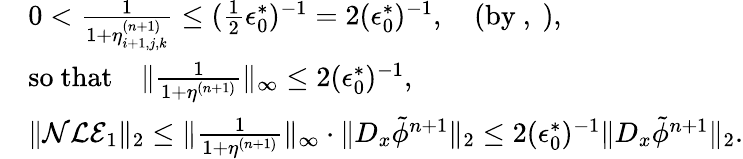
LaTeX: \begin{array}{rl}&{0<\frac{1}{1+\eta_{i+1,j,k}^{(n+1)}}\le(\frac{1}{2}\epsilon_{0}^{*})^{-1}=2(\epsilon_{0}^{*})^{-1},\quad\mathrm{(by~,~)},}\\ &{\mathrm{so~that}\quad\| \frac{1}{1+\eta^{(n+1)}}\| _{\infty}\le 2(\epsilon_{0}^{*})^{-1},}\\ &{\| {\cal NLE}_{1}\| _{2}\le\| \frac{1}{1+\eta^{(n+1)}}\| _{\infty}\cdot\| D_{x}\tilde{\phi}^{n+1}\| _{2}\le 2(\epsilon_{0}^{*})^{-1}\| D_{x}\tilde{\phi}^{n+1}\| _{2}.}\end{array}